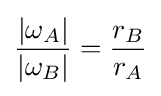
{\frac {|\omega _{A}|}{|\omega _{B}|}}={\frac {r_{B}}{r_{A}}}